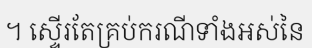
។ ស្ទើរតែគ្រប់ករណីទាំងអស់នៃ